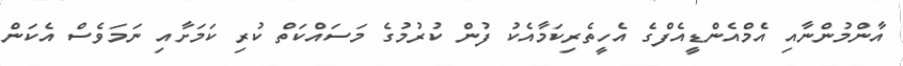
އާންމުންނާއި އެމްއެންޑީއެފްގެ އެހީތެރިކަމާއެކު ފުން ކުރުމުގެ މަސައްކަތް ކުރި ކަމަށާއި ނަމަވެސް އެކަން